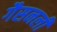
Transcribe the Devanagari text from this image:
गैसनली